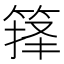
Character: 箨